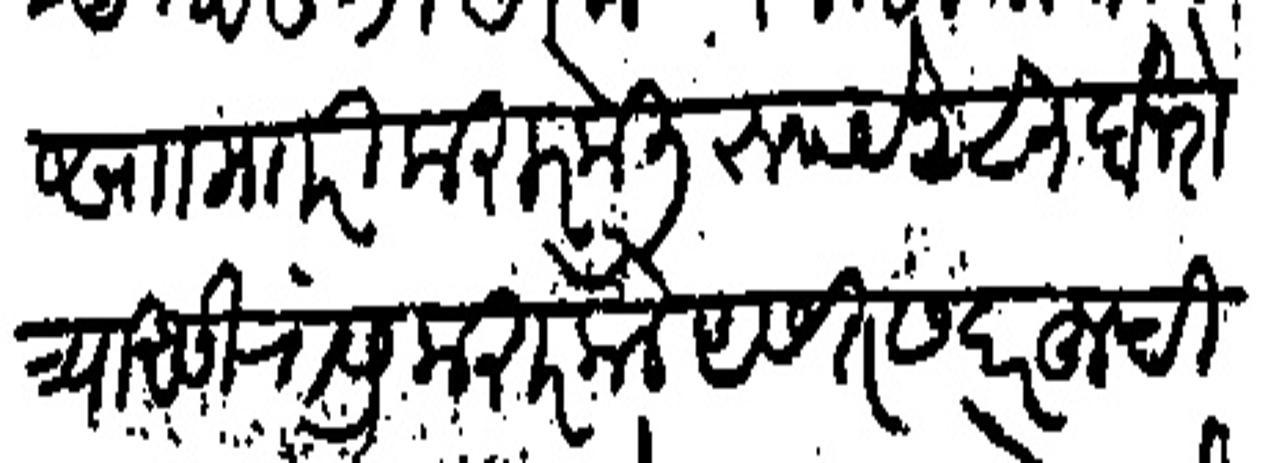
Transliteration (Devanagari): साा माारी करार केली रुपये २८३ दोनशेत्र्याअसी यास करार केले असत सदरहूची